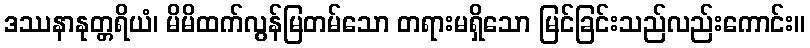
ဒဿနာနုတ္တရိယံ၊ မိမိထက်လွန်မြတမ်သော တရားမရှိသော မြင်ခြင်းသည်လည်းကောင်း။